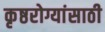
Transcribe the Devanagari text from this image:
कृष्ठरोग्यांसाठी